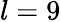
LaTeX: l=9